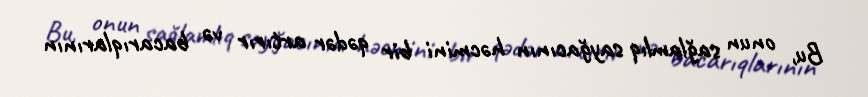
Bu, onun sağlamlıq sayğacının həcmini bir qədər artırır və bacarıqlarının